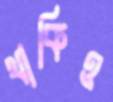
থাকিও